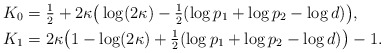
\begin{align*} K_0 &= \tfrac{1}{2}+2\kappa\big(\log(2\kappa) -\tfrac{1}{2}(\log p_1 +\log p_2-\log d)\big),\\ K_1 &= 2\kappa\big(1-\log(2\kappa) +\tfrac{1}{2}(\log p_1 +\log p_2-\log d)\big)-1.\end{align*}